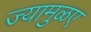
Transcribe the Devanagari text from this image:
ज्यामुळए